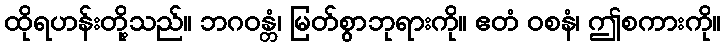
ထိုရဟန်းတို့သည်။ ဘဂဝန္တံ၊ မြတ်စွာဘုရားကို။ ဧတံ ဝစနံ၊ ဤစကားကို။